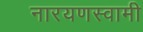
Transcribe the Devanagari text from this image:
नारयणस्वामी